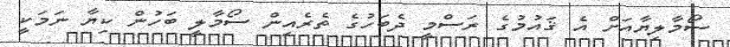
ސޯމާލިޔާއަށް އެ ޤައުމުގެ ރަސްމީ ދެބަހުގެ ތެރެއިން ސޯމާލީ ބަހުން ކިޔާ ނަމަކީ